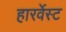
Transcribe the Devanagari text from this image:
हारर्वेस्ट